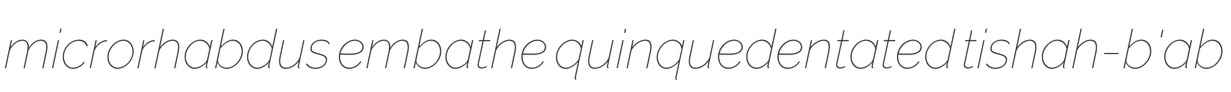
microrhabdus embathe quinquedentated tishah-b'ab